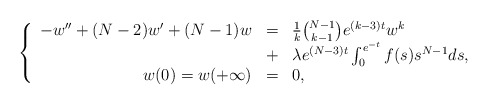
\begin{align*}\left\{ \begin{array}{rcl}-w'' + (N-2)w' + (N-1)w &=& \frac{1}{k} \binom{N-1}{k-1} e^{(k-3)t} w^k \\&+& \lambda e^{(N-3)t} \int_0^{e^{-t}} f(s) s^{N-1} ds, \\w(0)=w(+\infty) &=& 0,\end{array}\right.\end{align*}